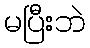
မပြီးဘဲ